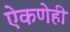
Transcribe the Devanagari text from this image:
ऐकणेही